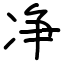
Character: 净